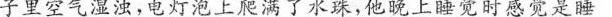
子里空气湿浊，电灯泡上爬满了水珠，他晚上睡觉时感觉是睡